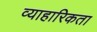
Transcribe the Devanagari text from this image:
व्याहारिकता